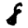
Digit: 8